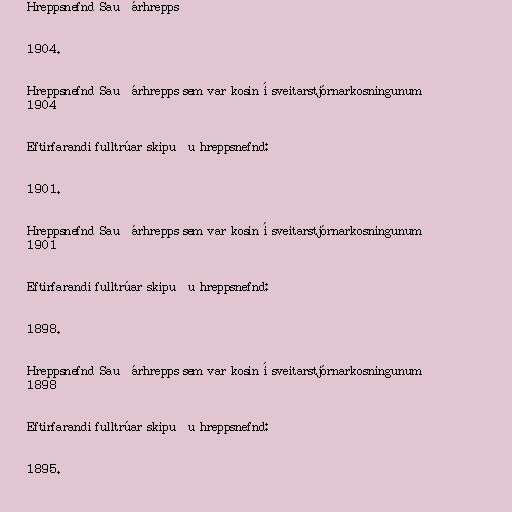
Hreppsnefnd Sauðárhrepps

1904.

Hreppsnefnd Sauðárhrepps sem var kosin í sveitarstjórnarkosningunum
1904

Eftirfarandi fulltrúar skipuðu hreppsnefnd:

1901.

Hreppsnefnd Sauðárhrepps sem var kosin í sveitarstjórnarkosningunum
1901

Eftirfarandi fulltrúar skipuðu hreppsnefnd:

1898.

Hreppsnefnd Sauðárhrepps sem var kosin í sveitarstjórnarkosningunum
1898

Eftirfarandi fulltrúar skipuðu hreppsnefnd:

1895.